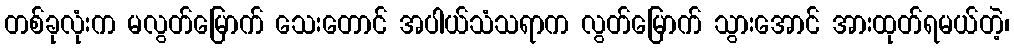
တစ်ခုလုံးက မလွတ်မြောက် သေးတောင် အပါယ်သံသရာက လွတ်မြောက် သွားအောင် အားထုတ်ရမယ်တဲ့၊